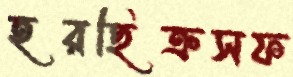
হরছিক্রসফ